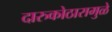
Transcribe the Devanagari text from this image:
दारुकोठारामुळे